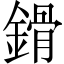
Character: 𨪷